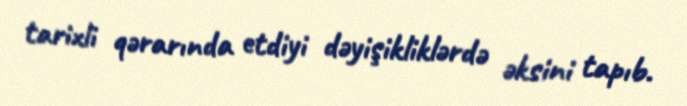
tarixli qərarında etdiyi dəyişikliklərdə əksini tapıb.